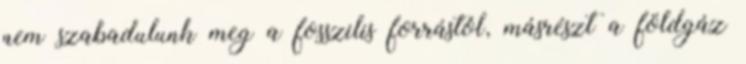
nem szabadulunk meg a fosszilis forrástól, másrészt a földgáz